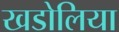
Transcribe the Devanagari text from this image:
खडोलिया